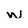
Character: w